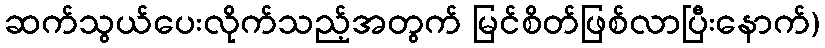
ဆက်သွယ်ပေးလိုက်သည့်အတွက် မြင်စိတ်ဖြစ်လာပြီးနောက်)